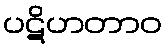
ပဋိဟတာဝ